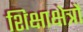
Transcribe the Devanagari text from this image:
शिक्षाक्षेत्रों